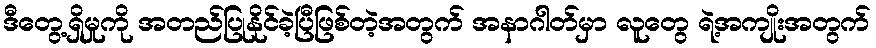
ဒီတွေ့ရှိမှုကို အတည်ပြုနိုင်ခဲ့ပြီဖြစ်တဲ့အတွက် အနာဂါတ်မှာ လူတွေ ရဲ့အကျိုးအတွက်